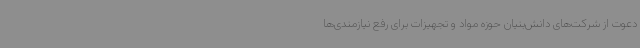
دعوت از شرکت‌های دانش‌بنیان حوزه مواد و تجهیزات برای رفع نیازمندی‌ها